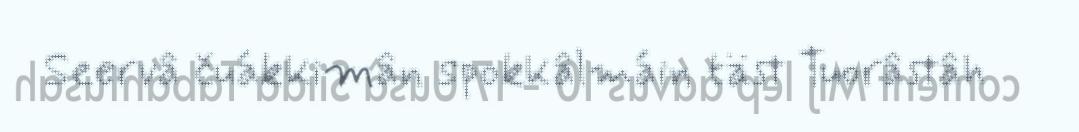
Seervâ čuákkimân spokkâlmáin täst Tuorâstâh